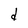
Character: d